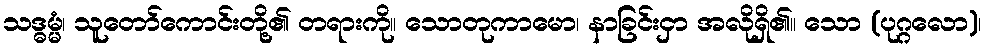
သဒ္ဓမ္မံ၊ သူတော်ကောင်းတို့၏ တရားကို။ သောတုကာမော၊ နာခြင်းငှာ အလိုရှိ၏။ သော (ပုဂ္ဂလော)၊